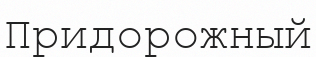
Придорожный